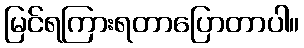
မြင်ရကြားရတာပြောတာပါ။